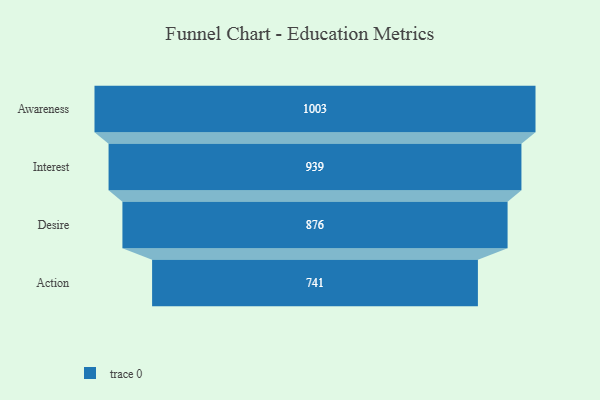
{"axis": {"x": "Stage", "y": "Value"}, "legend": [""], "data": [{"x": "Awareness", "y": 1003.0, "type": ""}, {"x": "Interest", "y": 939.0, "type": ""}, {"x": "Desire", "y": 876.0, "type": ""}, {"x": "Action", "y": 741.0, "type": ""}]}